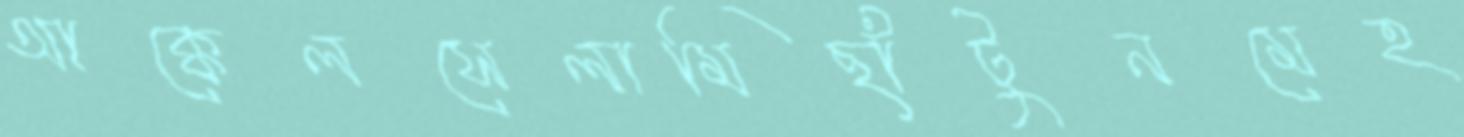
আক্কেলসেলামিছাঁটুনমেহ